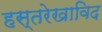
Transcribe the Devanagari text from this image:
हस्तरेखाविद